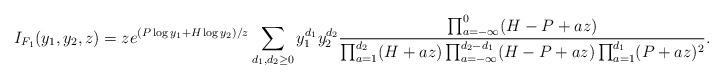
LaTeX: \begin{align*}I_{F_1}(y_1,y_2,z)=ze^{(P\log y_1+ H\log y_2)/z}\sum_{d_1,d_2\geq 0} y_1^{d_1}y_2^{d_2}\frac{\prod_{a=-\infty}^0 (H-P+az)}{\prod_{a=1}^{d_2}(H+az)\prod_{a=-\infty}^{d_2-d_1}(H-P+az) \prod_{a=1}^{d_1}(P+az)^2}.\end{align*}